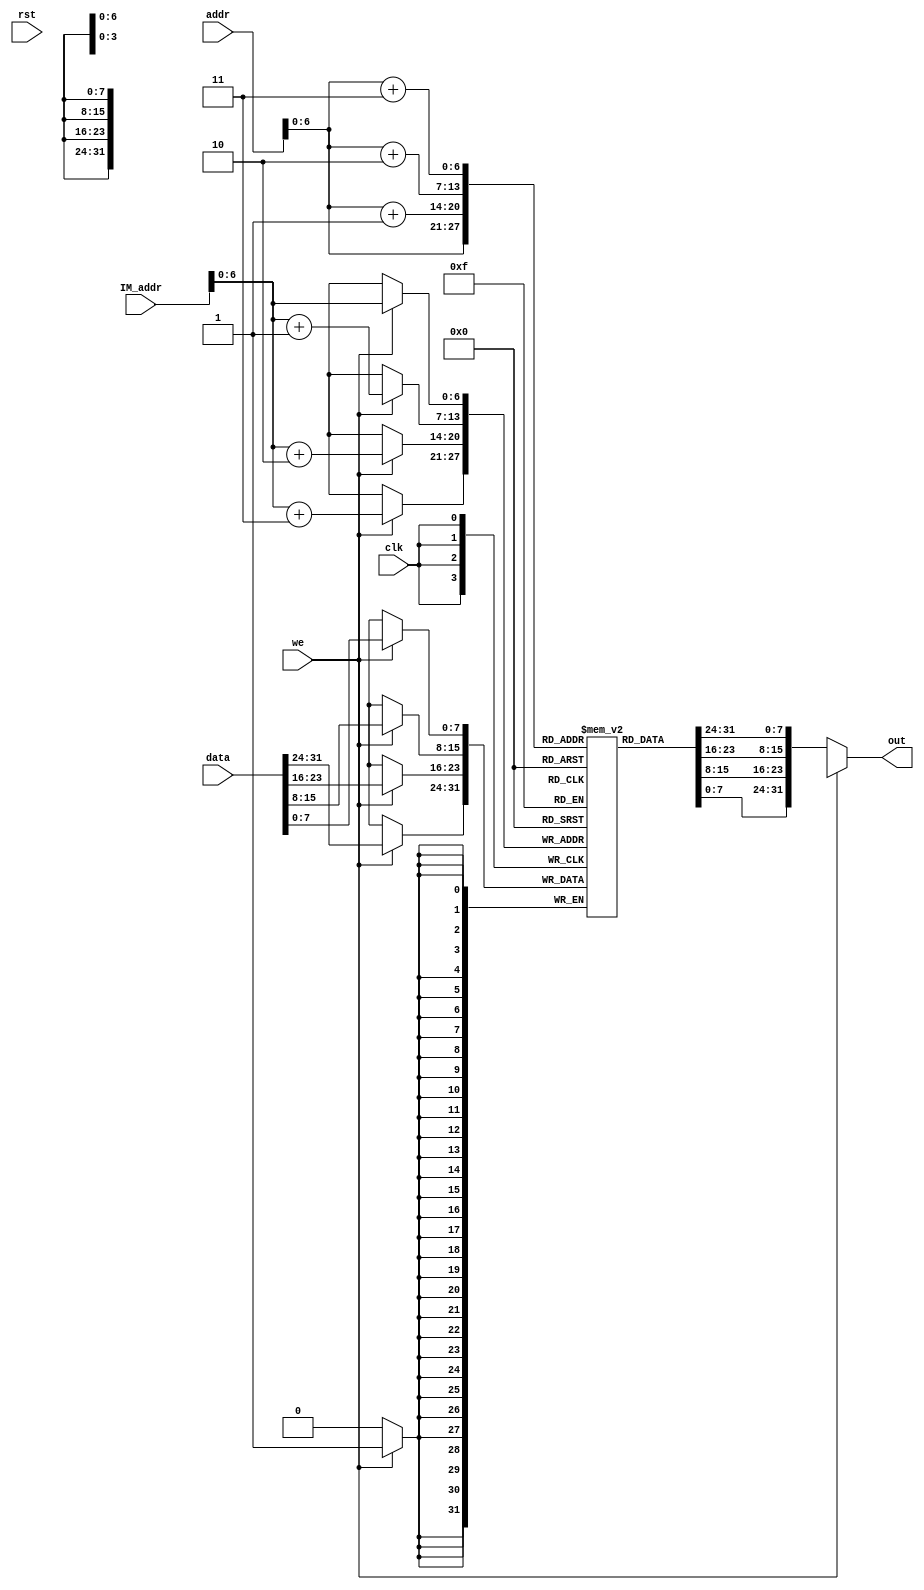
module InsMem
#(
    parameter ADDR_WIDTH = 32,
    parameter DATA_WIDTH = 32,
    //parameter DEPTH = 2**ADDR_WIDTH
    parameter DEPTH = 128
)

(
    input clk, rst, we,   
    input [ADDR_WIDTH-1:0] addr,    
    input [ADDR_WIDTH-1:0] IM_addr,    
    input [DATA_WIDTH-1:0] data,
    output [DATA_WIDTH-1:0] out
);

    reg [7:0] mem[DEPTH-1:0];
    wire [DATA_WIDTH-1:0] read_data;
    
    /*
    reg [31:0] mem_read[0:50];
    integer i;
    
    initial begin
             $readmemb("D:/CODE FILES/VLSI CIRCUIT II/HW8/Branch/Branch.srcs/memory/raw2.txt", mem_read);

    end
    */
    
    always @(posedge clk) begin
        /*
        for (i = 0; i<50; i = i+1)
        begin
            {mem[4*i+3] ,mem[4*i+2], mem[4*i+1], mem[4*i]} = mem_read[i];    //lui
        end
        */
        if(we)
            {mem[IM_addr +3], mem[IM_addr+2], mem[IM_addr+1], mem[IM_addr]} <= data;
    end
    
    assign read_data = {mem[addr +3], mem[addr+2], mem[addr+1], mem[addr]};
    assign out = !we ? read_data: 'hx;

endmodule